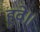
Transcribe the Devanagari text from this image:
हुवे॥